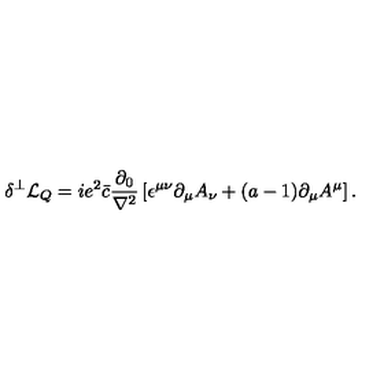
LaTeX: \delta ^ { \perp } { \cal L } _ { Q } = i e ^ { 2 } \bar { c } \frac { \partial _ { 0 } } { \nabla ^ { 2 } } \left[ \epsilon ^ { \mu \nu } \partial _ { \mu } A _ { \nu } + ( a - 1 ) \partial _ { \mu } A ^ { \mu } \right] .